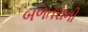
બળતરાની